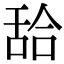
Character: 𦧛